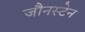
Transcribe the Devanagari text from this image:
जौनस्टेन